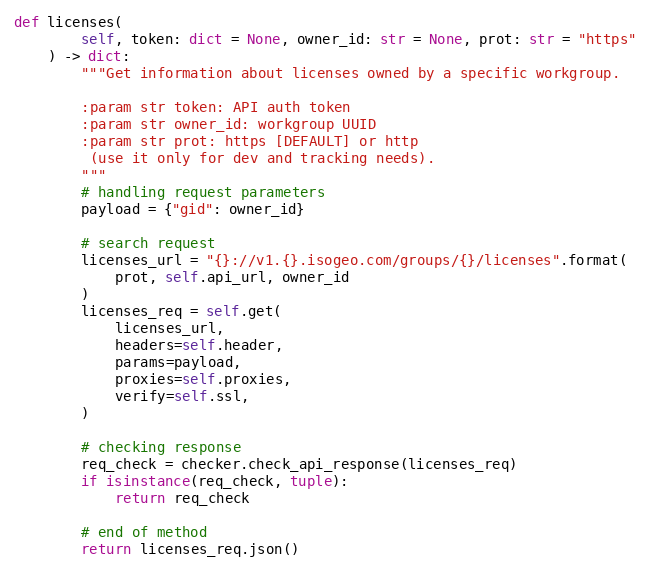
Language: Python
def licenses(
        self, token: dict = None, owner_id: str = None, prot: str = "https"
    ) -> dict:
        """Get information about licenses owned by a specific workgroup.

        :param str token: API auth token
        :param str owner_id: workgroup UUID
        :param str prot: https [DEFAULT] or http
         (use it only for dev and tracking needs).
        """
        # handling request parameters
        payload = {"gid": owner_id}

        # search request
        licenses_url = "{}://v1.{}.isogeo.com/groups/{}/licenses".format(
            prot, self.api_url, owner_id
        )
        licenses_req = self.get(
            licenses_url,
            headers=self.header,
            params=payload,
            proxies=self.proxies,
            verify=self.ssl,
        )

        # checking response
        req_check = checker.check_api_response(licenses_req)
        if isinstance(req_check, tuple):
            return req_check

        # end of method
        return licenses_req.json()